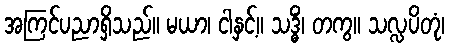
အကြင်ပညာရှိသည်။ မယာ၊ ငါနှင့်။ သဒ္ဓိံ၊ တကွ။ သလ္လပိတုံ၊